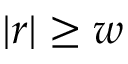
| r | \geq w